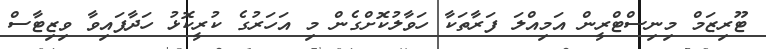
ޓޫރިޒަމް މިނިސްޓްރީން އަމިއްލަ ފަރާތަކާ ހަވާލުކޮށްގެން މި އަހަރުގެ ކުރީކޮޅު ހަދާފައިވާ ވިޒިޓާސް